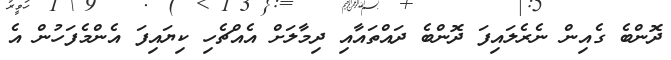
ދޮންބެ ގެއިން ނެރެލައިފަ ދޮންބެ ދައްތައާއި ދިމާލަށް އެއްޗެހި ކިޔައިފަ އެންމެފަހުން އެ